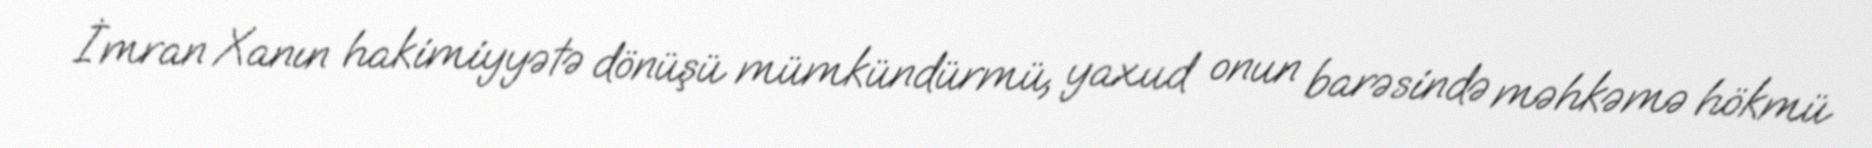
İmran Xanın hakimiyyətə dönüşü mümkündürmü, yaxud onun barəsində məhkəmə hökmü